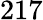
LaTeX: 217